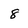
Character: 8